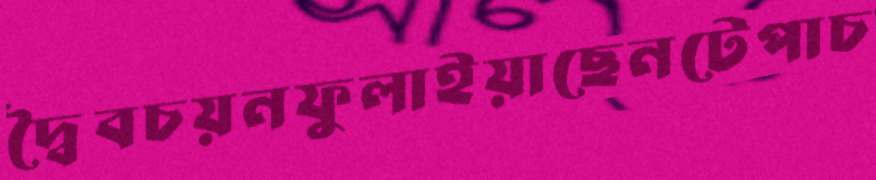
দ্বৈবচয়নফুলাইয়াছেনটেপাচ